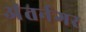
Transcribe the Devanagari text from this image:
अंतर्नगर